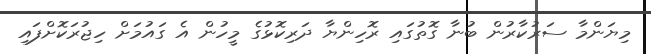
މިޔަންމާ ސަރުކާރުން ބުނާ ގޮތުގައި ރޮހިންޔާ ދަރިކޮޅުގެ މީހުން އެ ގައުމަށް ހިޖުރަކޮށްފައި